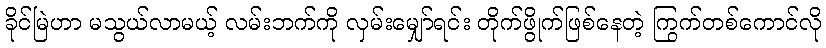
ခိုင်မြဲဟာ မသွယ်လာမယ့် လမ်းဘက်ကို လှမ်းမျှော်ရင်း တိုက်ဖွိုက်ဖြစ်နေတဲ့ ကြွက်တစ်ကောင်လို